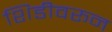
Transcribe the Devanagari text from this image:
शिडीवरून